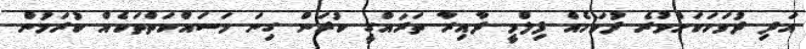
އަދި ދުވަހަކަށްވުރެ ދުވަހެއް ފިލްމީ ދާއިރާ ތަރައްގީ ކުރަން ގިނަ މަސައްކަތްތަކެއް ކުރަމުން